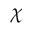
\chi